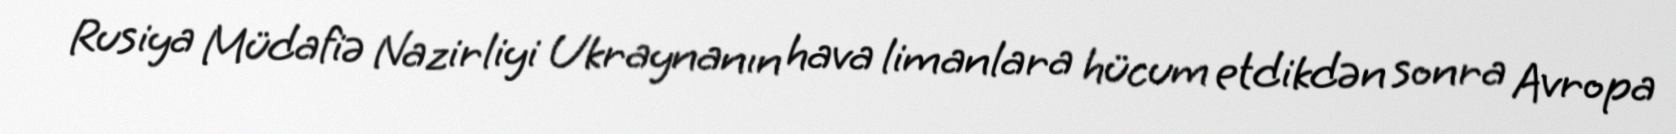
Rusiya Müdafiə Nazirliyi Ukraynanın hava limanlara hücum etdikdən sonra Avropa